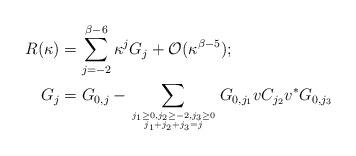
LaTeX: \begin{align*}R(\kappa)&=\sum_{j=-2}^{\beta-6}\kappa^jG_j+\mathcal O(\kappa^{\beta-5});\\G_j&=G_{0,j}-\sum_{\genfrac{}{}{0pt}{}{j_1\ge 0,j_2\ge -2,j_3\ge 0}{j_1+j_2+j_3=j}}G_{0,j_1}vC_{j_2}v^*G_{0,j_3}\end{align*}